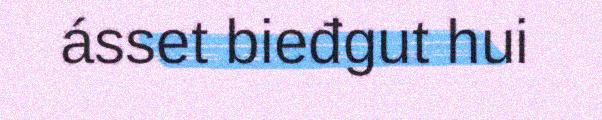
ásset bieđgut hui